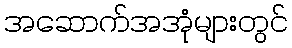
အဆောက်အအုံများတွင်